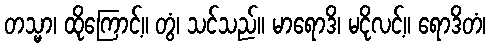
တသ္မာ၊ ထိုကြောင့်။ တွံ၊ သင်သည်။ မာရောဒိ၊ မငိုလင့်။ ရောဒိတံ၊